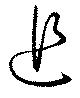
追